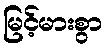
မြင့်မားစွာ